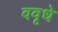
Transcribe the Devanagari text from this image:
ववृधे